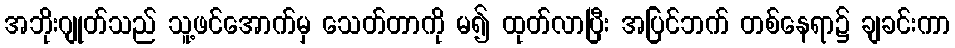
အဘိုးဂျုတ်သည် သူ့ဖင်အောက်မှ သေတ်တာကို မ၍ ထုတ်လာပြီး အပြင်ဘက် တစ်နေရာ၌ ချခင်းကာ